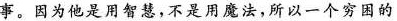
事。因为他是用智慧，不是用魔法，所以一个穷困的